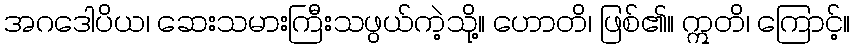
အဂဒေါပိယ၊ ဆေးသမားကြီးသဖွယ်ကဲ့သို့။ ဟောတိ၊ ဖြစ်၏။ ဣတိ၊ ကြောင့်။